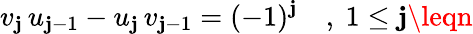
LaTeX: v_{\mathbf{j}}\, u_{\mathbf{j}-1}-u_{\mathbf{j}}\, v_{\mathbf{j}-1}=(-1)^{\mathbf{j}}\quad,\ 1\leq\mathbf{j}\leqn